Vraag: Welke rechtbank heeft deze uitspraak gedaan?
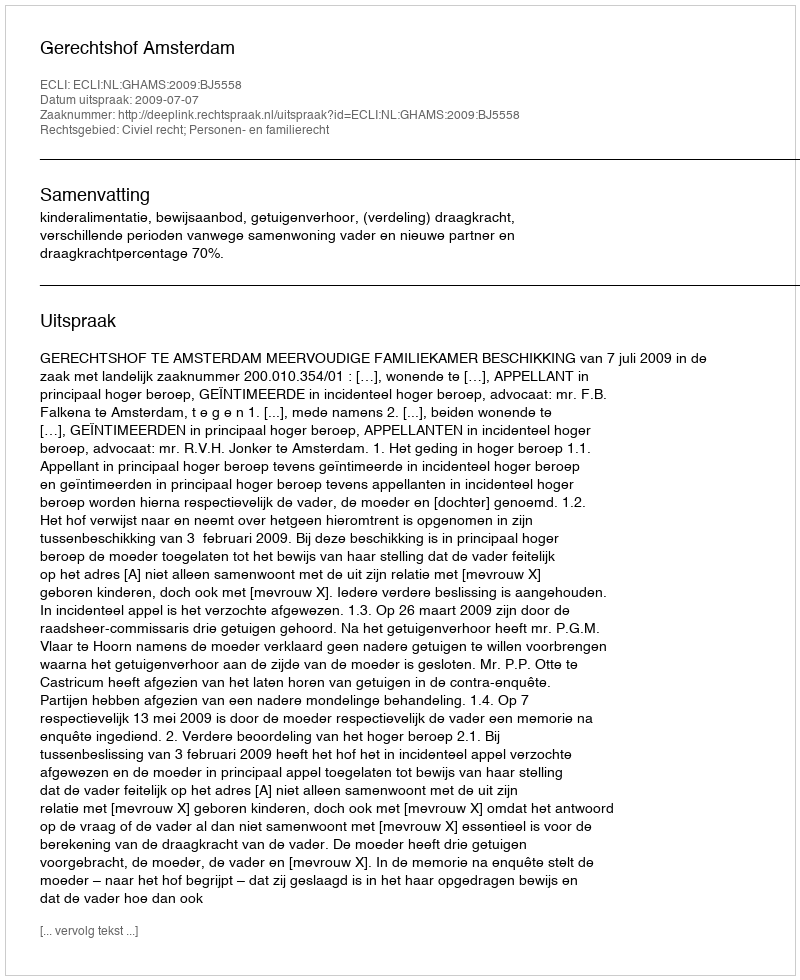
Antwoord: Gerechtshof Amsterdam